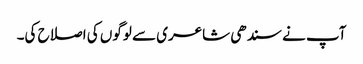
آپ نے سندھی شاعری سے لوگوں کی اصلاح کی۔